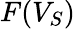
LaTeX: F(V_{S})